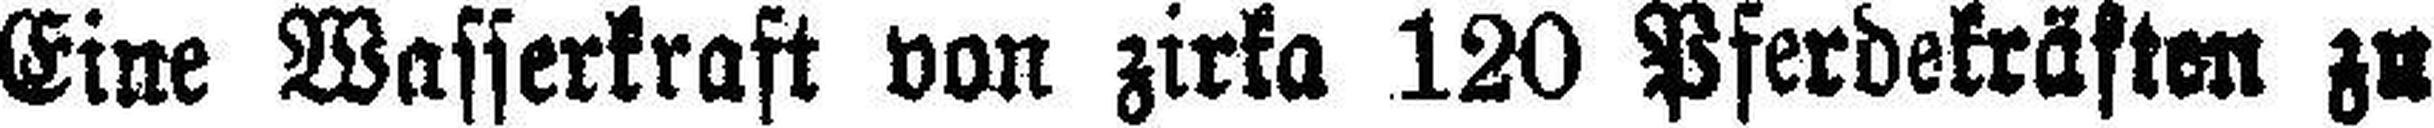
Eine Wasserkraft von zirka 120 Pferdekräften zu